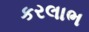
કરલાભ